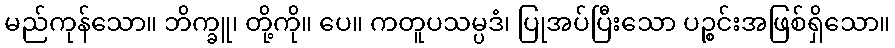
မည်ကုန်သော။ ဘိက္ခူ၊ တို့ကို။ ပေ။ ကတူပသမ္ပဒံ၊ ပြုအပ်ပြီးသော ပဉ္စင်းအဖြစ်ရှိသော။